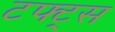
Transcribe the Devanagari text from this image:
टफ्ट्‌स